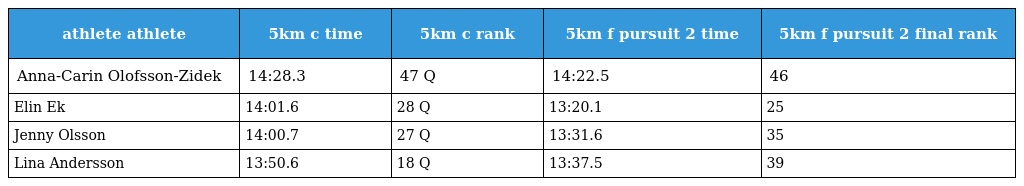
| athlete athlete | 5km c time | 5km c rank | 5km f pursuit 2 time | 5km f pursuit 2 final rank |
 | --- | --- | --- | --- | --- |
 | Anna-Carin Olofsson-Zidek | 14:28.3 | 47 Q | 14:22.5 | 46 |
 | Elin Ek | 14:01.6 | 28 Q | 13:20.1 | 25 |
 | Jenny Olsson | 14:00.7 | 27 Q | 13:31.6 | 35 |
 | Lina Andersson | 13:50.6 | 18 Q | 13:37.5 | 39 |